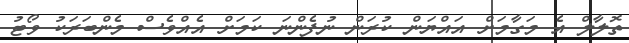
ތޮލާލް އެ މަގާމަށް އައްޔަން ކުރަން ނުފެންނަ ކަމަށް އެއްވެސް މެންބަރަކު ވޯޓު